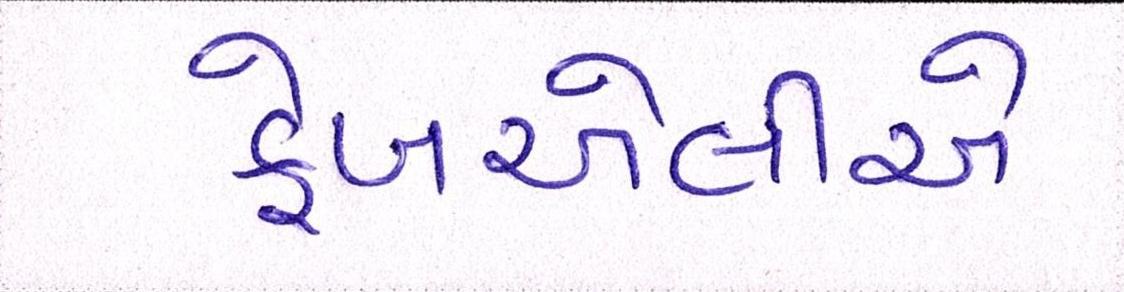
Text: ફેબએલીએ